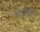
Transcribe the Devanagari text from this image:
भगवद्सेवा